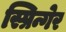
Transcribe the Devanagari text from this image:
स्प्रिन्गेर